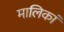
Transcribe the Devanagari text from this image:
मालिकां